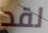
لقد